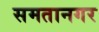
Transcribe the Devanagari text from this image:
समतानगर